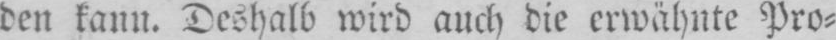
den kann. Deshalb wird auch die erwähnte Pro⸗